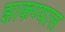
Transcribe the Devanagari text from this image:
झाकण्यास